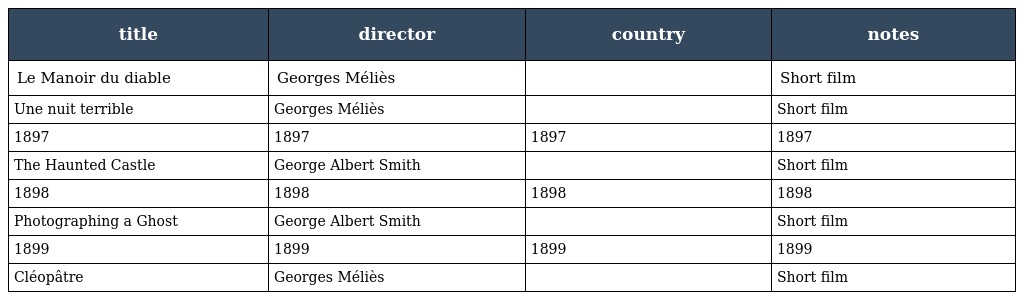
| title | director | country | notes |
 | --- | --- | --- | --- |
 | Le Manoir du diable | Georges Méliès |  | Short film |
 | Une nuit terrible | Georges Méliès |  | Short film |
 | 1897 | 1897 | 1897 | 1897 |
 | The Haunted Castle | George Albert Smith |  | Short film |
 | 1898 | 1898 | 1898 | 1898 |
 | Photographing a Ghost | George Albert Smith |  | Short film |
 | 1899 | 1899 | 1899 | 1899 |
 | Cléopâtre | Georges Méliès |  | Short film |